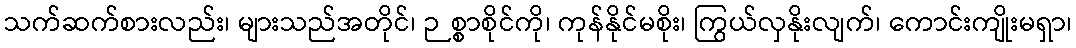
သက်ဆက်စားလည်း၊ များသည်အတိုင်၊ ဉစ္စာစိုင်ကို၊ ကုန်နိုင်မစိုး၊ ကြွယ်လှနိုးလျက်၊ ကောင်းကျိုးမရှာ၊